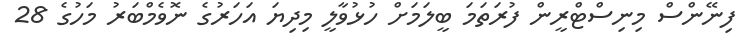
ފިނޭންސް މިނިސްޓްރީން ފުރަތަމަ ބީލަމަށް ހުޅުވާލީ މިދިޔަ އަހަރުގެ ނޮވެމްބަރު މަހުގެ 28